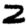
Digit: 2